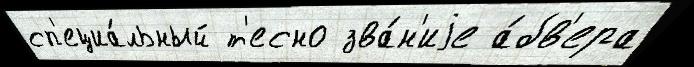
сп'ециа́льный т'есно зва́н'иjе а́бв'ера